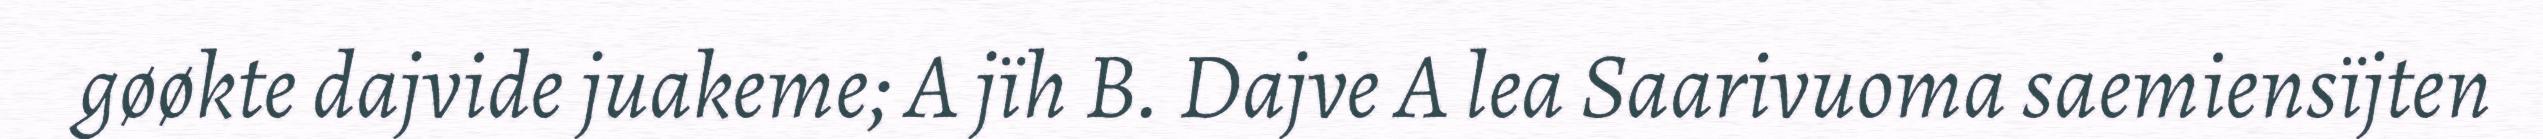
gøøkte dajvide juakeme; A jïh B. Dajve A lea Saarivuoma saemiensïjten